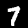
Label: 7